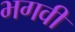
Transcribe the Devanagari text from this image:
भगवीं